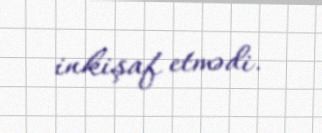
inkişaf etmədi.